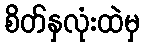
စိတ်နှလုံးထဲမှ